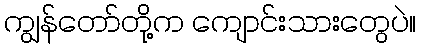
ကျွန်တော်တို့က ကျောင်းသားတွေပဲ။